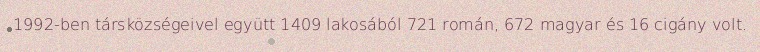
1992-ben társközségeivel együtt 1409 lakosából 721 román, 672 magyar és 16 cigány volt.